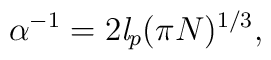
\alpha^{-1}=2\mathit{l}_{p}(\pi N)^{1/3},